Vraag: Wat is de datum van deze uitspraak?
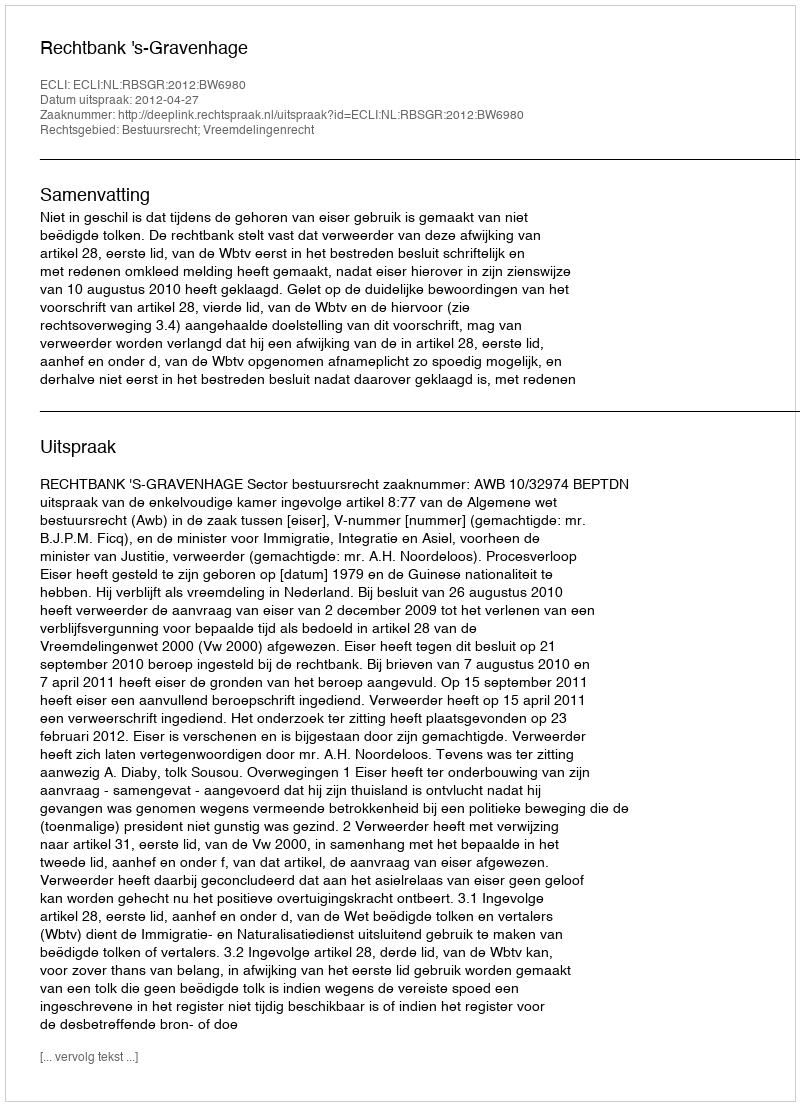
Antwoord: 2012-04-27